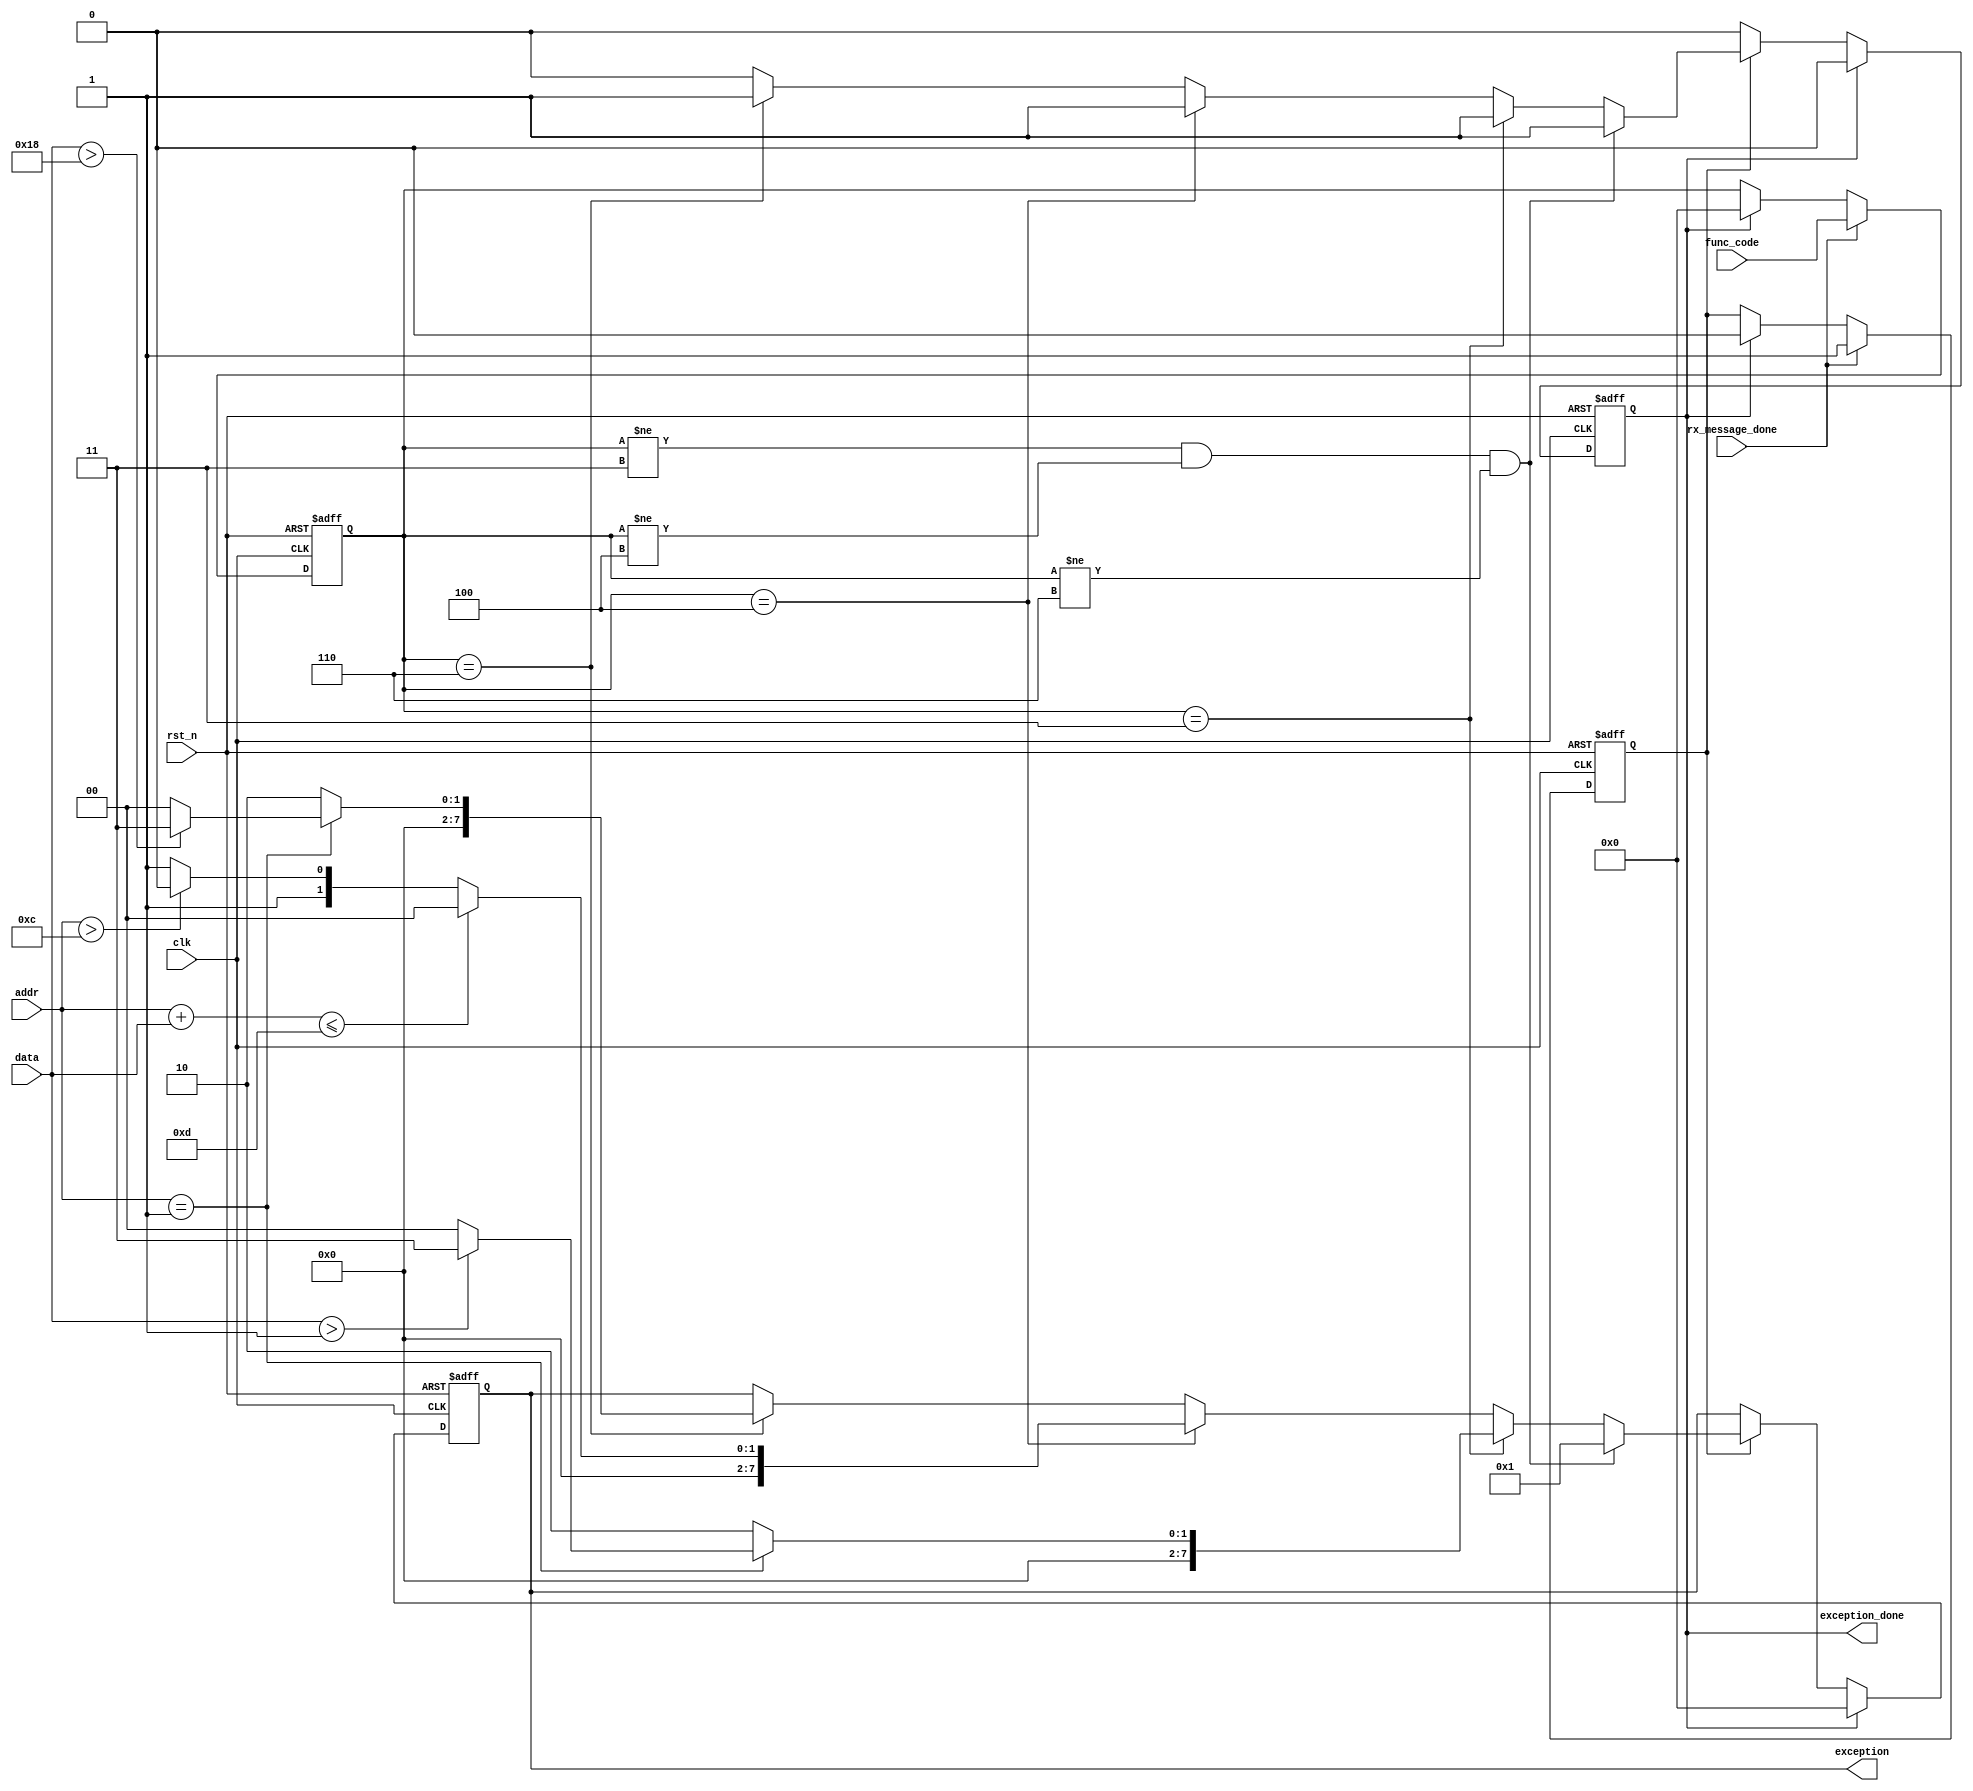
`timescale 1ns / 1ns
`define UD #1

module exceptions
(
    input               clk             ,// system clock
    input               rst_n           ,// system reset, active low
    
    input               rx_message_done ,//
    input   [7:0]       func_code       ,
    input   [15:0]      addr            ,
    input   [15:0]      data            ,
    
    output  reg         exception_done  ,
    output  reg [7:0]   exception
);

reg [7:0]   func_code_r;
reg [15:0]  addr_r;
reg [15:0]  data_r;
reg         rx_message_done_r;


always@(posedge clk or negedge rst_n)
begin
    if( !rst_n )
    begin
        func_code_r     <= `UD 8'b0;
        addr_r          <= `UD 16'b0;
        data_r          <= `UD 16'b0;
        rx_message_done_r <= `UD 1'b0;
    end
    else
    begin
        if(rx_message_done)
        begin
            func_code_r     <= `UD func_code;
            addr_r          <= `UD addr;
            data_r          <= `UD data;
            rx_message_done_r <= `UD 1'b1;
        end
        else if(exception_done)
        begin
            func_code_r     <= `UD 8'b0;
            addr_r          <= `UD 16'b0;
            data_r          <= `UD 16'b0;
            rx_message_done_r <= `UD 1'b0;
        end
    end
end


always@(posedge clk or negedge rst_n)
begin
    if( !rst_n )
    begin
        exception_done <= `UD 1'b0;
        exception <= `UD 8'h00;
    end
    else if(exception_done)
    begin
        exception_done <= `UD 1'b0;
        exception <= `UD 8'h00;
    end
    else
    begin
        if(rx_message_done_r)
        begin
            if((func_code_r!=8'h03)&&(func_code_r!=8'h04)&&(func_code_r!=8'h06))
            begin
                exception_done <= `UD 1'b1;
                exception <= `UD 8'h01;//illegal fuction code retrun 01
            end
            else
            begin
                if(func_code_r==8'h03)
                begin
                    if(addr==16'h0001)
                    begin
                        if(data>16'h0001)
                        begin
                            exception_done <= `UD 1'b1;
                            exception <= `UD 8'h03;//illegal quantity return 03
                        end
                        else
                        begin
                            exception_done <= `UD 1'b1;
                            exception <= `UD 8'h0;
                        end
                    end
                    else
                    begin
                        exception_done <= `UD 1'b1;
                        exception <= `UD 8'h02;//illegal reg address return 02
                    end
                end
                else if(func_code_r==8'h04)
                begin
                    if(addr+data<=16'd13)
                    begin
                        exception_done <= `UD 1'b1;
                        exception <= `UD 8'h0;
                    end
                    else if(addr>16'd12)
                    begin
                        exception_done <= `UD 1'b1;
                        exception <= `UD 8'h02;
                    end
                    else
                    begin
                        exception_done <= `UD 1'b1;
                        exception <= `UD 8'h03;
                    end
                end
                else if(func_code_r==8'h06)
                begin
                    if(addr==16'h0001)
                    begin
                        if(data>16'h18)
                        begin
                            exception_done <= `UD 1'b1;
                            exception <= `UD 8'h03;
                        end
                        else
                        begin
                            exception_done <= `UD 1'b1;
                            exception <= `UD 8'h0;
                        end
                    end
                    else
                    begin
                        exception_done <= `UD 1'b1;
                        exception <= `UD 8'h02;
                    end
                end
            end
        end
    end
end

endmodule